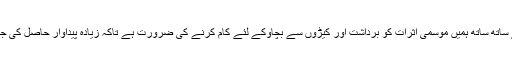
اس کے ساتھ ساتھ ہمیں موسمی اثرات کو برداشت اور کیڑوں سے بچاؤکے لئے کام کرنے کی ضرورت ہے تاکہ زیادہ پیداوار حاصل کی جا سکے۔